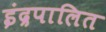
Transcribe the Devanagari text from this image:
इंद्रपालित